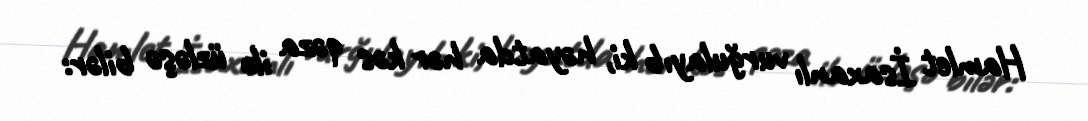
Hamlet İsaxanlı vurğulayıb ki, həyatda hər kəs qəza ilə üzləşə bilər: